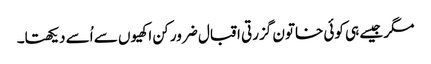
مگر جیسے ہی کوئی خاتون گزرتی اقبال ضرور کن اکھیوں سے اُسے دیکھتا۔